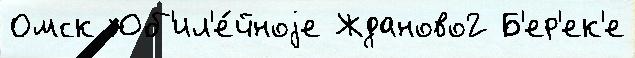
Омск Юб'ил'е́йноjе Жданово2 Б'ер'ек'е